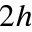
2 h